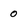
Character: 0